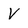
Character: v